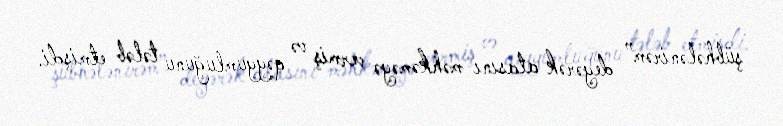
şübhələnirəm” deyərək atasını məhkəməyə vermiş və qəyyumluğunu tələb etmişdi.